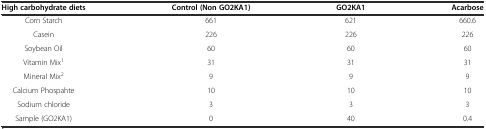
| High carbohydrate diets | Control (Non GO2KA1) | GO2KA1 | Acarbose |
 | --- | --- | --- | --- |
 | Corn Starch | 661 | 621 | 660.6 |
 | Casein | 226 | 226 | 226 |
 | Soybean Oil | 60 | 60 | 60 |
 | Vitamin Mix1 | 31 | 31 | 31 |
 | Mineral Mix2 | 9 | 9 | 9 |
 | Calcium Phospahte | 10 | 10 | 10 |
 | Sodium chloride | 3 | 3 | 3 |
 | Sample (GO2KA1) | 0 | 40 | 0.4 |